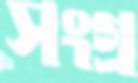
সংগ্র